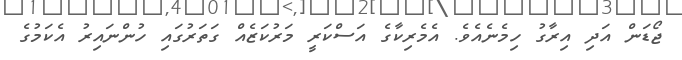
ޖޯޑަން އަދި އިރާގު ހިމެނެއެވެ. އެމެރިކާގެ އަސްކަރީ މަރުކަޒެއް ގަތަރުގައި ހުންނައިރު އެކަމުގެ